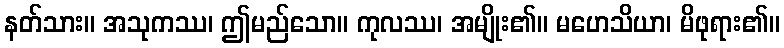
နတ်သား။ အသုကဿ၊ ဤမည်သော။ ကုလဿ၊ အမျိုး၏။ မဟေသိယာ၊ မိဖုရား၏။